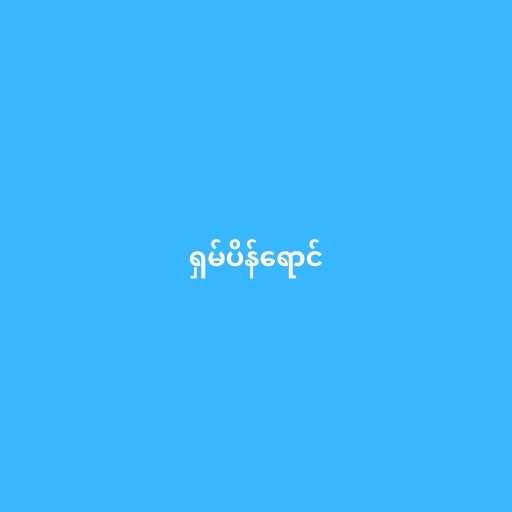
ရှမ်ပိန်ရောင်